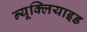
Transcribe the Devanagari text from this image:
न्यूक्लियाइड